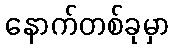
နောက်တစ်ခုမှာ